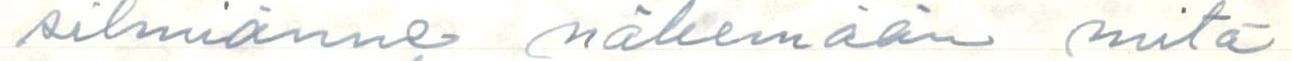
silmiänne näkemään mitä